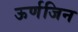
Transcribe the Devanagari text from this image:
ऊर्णजिन